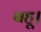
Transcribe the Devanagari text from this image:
बहू।